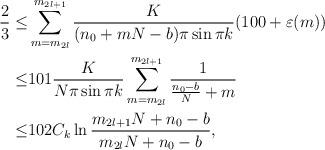
LaTeX: \begin{align*}\frac{2}{3}\leq&\sum_{m=m_{2l}}^{m_{2l+1}}\frac{K}{(n_0+mN-b)\pi\sin\pi k}(100+\varepsilon(m))\\\leq &101\frac{K}{N\pi\sin\pi k}\sum_{m=m_{2l}}^{m_{2l+1}}\frac{1}{\frac{n_0-b}{N}+m}\\\leq &102C_k\ln\frac{m_{2l+1}N+n_0-b}{m_{2l}N+n_0-b},\end{align*}